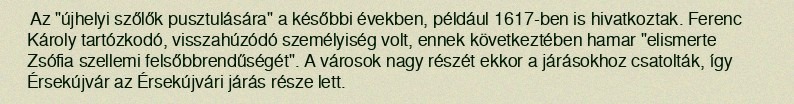
Az "újhelyi szőlők pusztulására" a későbbi években, például 1617-ben is hivatkoztak. Ferenc Károly tartózkodó, visszahúzódó személyiség volt, ennek következtében hamar "elismerte Zsófia szellemi felsőbbrendűségét". A városok nagy részét ekkor a járásokhoz csatolták, így Érsekújvár az Érsekújvári járás része lett.